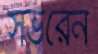
সভরেন